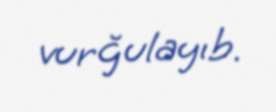
vurğulayıb.